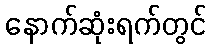
နောက်ဆုံးရက်တွင်